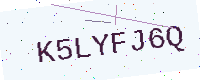
Text: K5LYFJ6Q